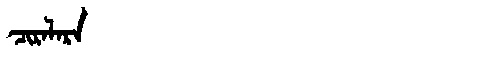
Manchu: ᠴᡳᡵᠠᠯᠠᡵᠠ
Romanization: CIRALARA